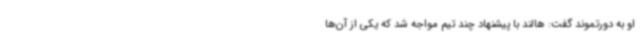
او به دورتموند گفت: هالند با پیشنهاد چند تیم مواجه شد که یکی از آن‌ها